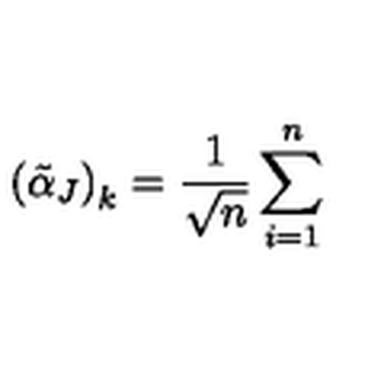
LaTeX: \left( \tilde { \alpha } _ { J } \right) _ { k } = \frac { 1 } { \sqrt { n } } \sum _ { i = 1 } ^ { n }